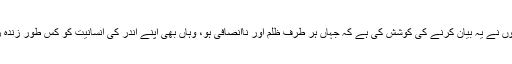
اس کتاب میں انہوں نے یہ بیان کرنے کی کوشش کی ہے کہ جہاں ہر طرف ظلم اور ناانصافی ہو، وہاں بھی اپنے اندر کی انسانیت کو کس طور زندہ رکھا جاسکتا ہے۔